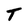
Character: T